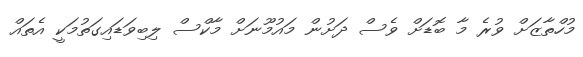
މުހްތާޒަށް ވުރެ މާ ބޮޑަށް ވެސް ދަށުން މައުމޫނަށް މާކްސް ލިބިވަޑައިގަތުމަކީ އެތައް